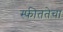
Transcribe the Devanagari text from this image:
स्फीततेचा